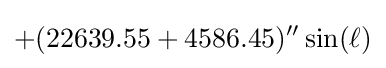
+(22639.55+4586.45)''\sin(\ell )